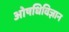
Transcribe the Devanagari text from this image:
ओषधिविज्ञान